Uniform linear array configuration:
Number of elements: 8
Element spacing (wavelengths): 0.75
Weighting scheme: hann
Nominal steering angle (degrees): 60
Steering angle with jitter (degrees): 59.333
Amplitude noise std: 0.05
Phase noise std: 0.05

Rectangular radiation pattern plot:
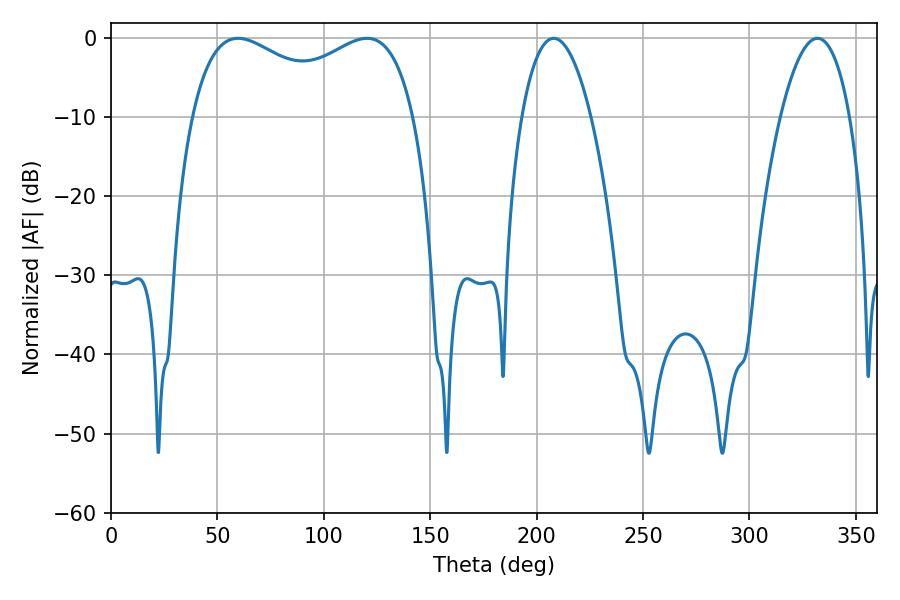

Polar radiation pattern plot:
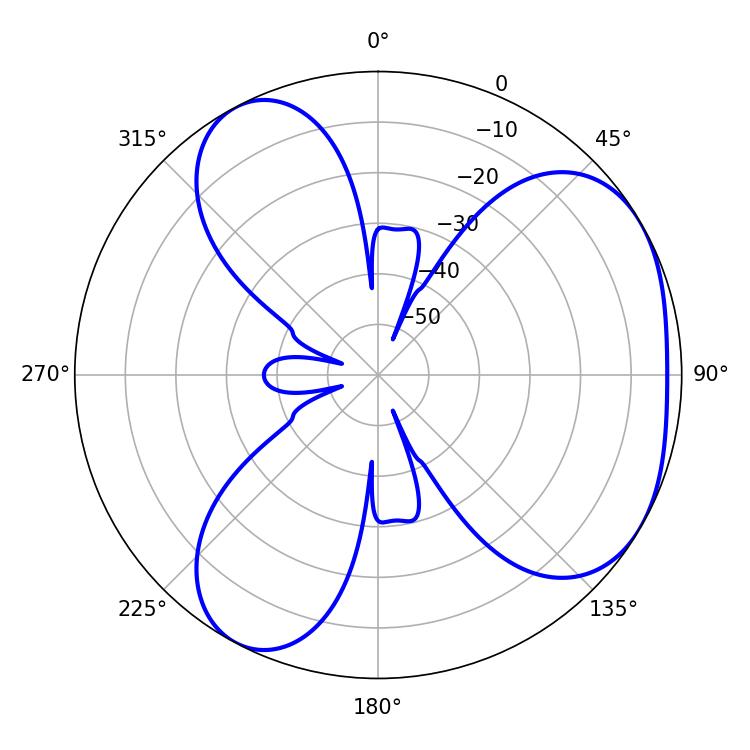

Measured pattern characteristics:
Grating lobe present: TRUE
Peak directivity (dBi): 4.128
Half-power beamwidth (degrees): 87.12
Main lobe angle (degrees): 59.76